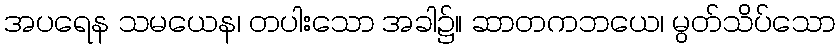
အပရေန သမယေန၊ တပါးသော အခါ၌။ ဆာတကဘယေ၊ မွတ်သိပ်သော